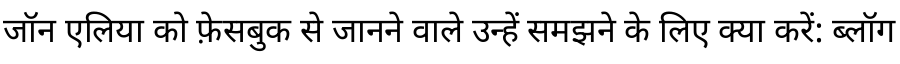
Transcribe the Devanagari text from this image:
जॉन एलिया को फ़ेसबुक से जानने वाले उन्हें समझने के लिए क्या करें: ब्लॉग